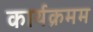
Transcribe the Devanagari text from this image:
कार्यक्रमम